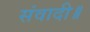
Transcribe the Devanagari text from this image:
संवादी॥